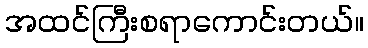
အထင်ကြီးစရာကောင်းတယ်။